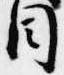
目